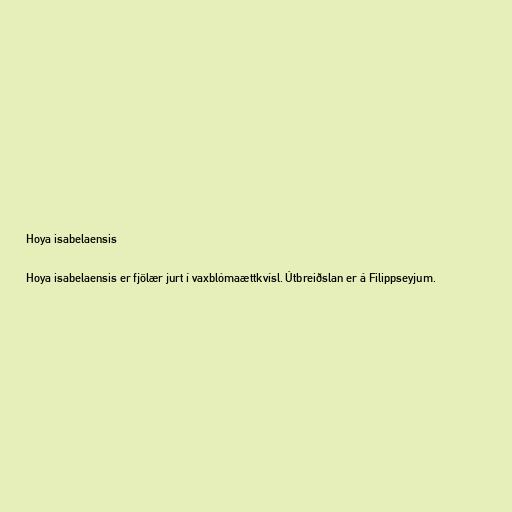
Hoya isabelaensis

Hoya isabelaensis er fjölær jurt í vaxblómaættkvísl. Útbreiðslan er á Filippseyjum.